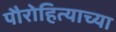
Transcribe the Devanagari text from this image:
पौरोहित्याच्या